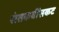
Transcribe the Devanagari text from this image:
संतकवींसकट